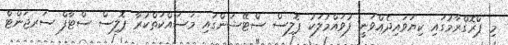
މި ޕްރޮގްރާމުގައި ކިޔަވައިދެއްވަނީ ފުވައްމުލަކު ޕޮލިސް ސްޓޭޝަންގައި މަސައްކަތްކުރާ ޕޮލިސް ސްޓާފް ސަރޖަންޓް